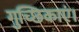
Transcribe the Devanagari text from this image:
गुच्छिकाएं।